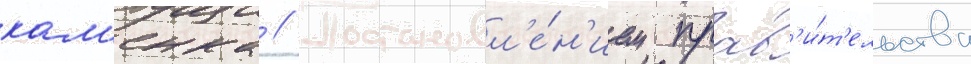
кам'енка // Постановл'е́н'ием прав'и́т'ельства